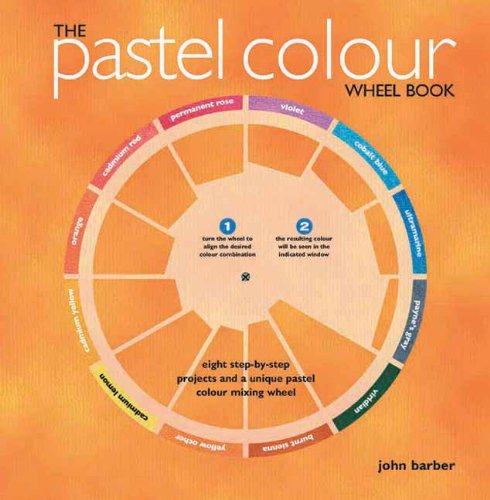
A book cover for The Pastel Colour Wheel Book; John Barber; Arts & Photography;